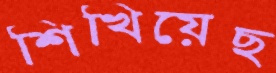
শিখিয়েছ